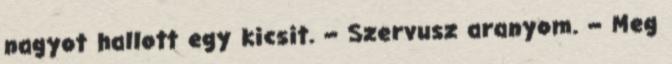
nagyot hallott egy kicsit. – Szervusz aranyom. – Meg